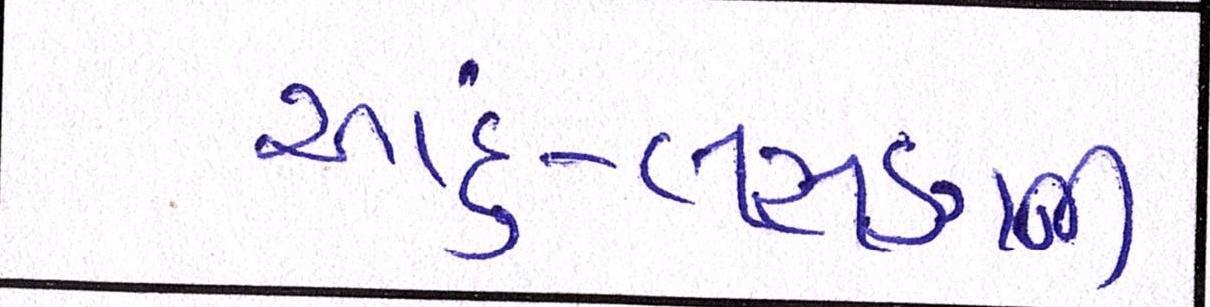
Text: આદું-લસણની